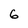
Character: 6